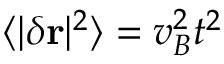
\langle | \delta \mathbf { r } | ^ { 2 } \rangle = v _ { B } ^ { 2 } t ^ { 2 }